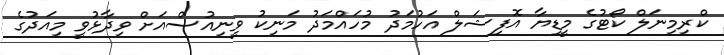
ކްރިމިނަލް ކޯޓުގެ މީޑިޔާ އޮފިޝަލް އަހުމަދު މުހައްމަދު މަނިކު ވީނިއުސްއަށް ވިދާޅުވީ މިއަދުގެ